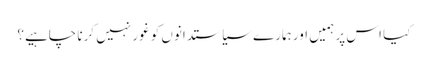
کیا اس پر ہمیں اور ہمارے سیاستدانوں کو غور نہیں کرنا چاہیے؟